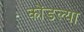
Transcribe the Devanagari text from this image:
कोंडल्या